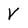
Character: V